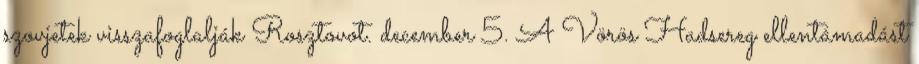
szovjetek visszafoglalják Rosztovot. december 5. A Vörös Hadsereg ellentámadást